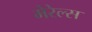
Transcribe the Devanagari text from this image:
मेरेल्स